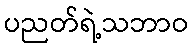
ပညတ်ရဲ့သဘာဝ